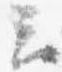
云